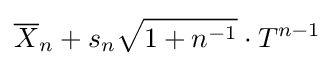
{\overline {X}}_{n}+s_{n}{\sqrt {1+n^{-1}}}\cdot T^{n-1}